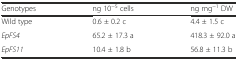
<table><thead><tr><td><b>Genotypes</b></td><td><b>ng 10<sup>−5</sup> cells</b></td><td><b>ng mg<sup>−1</sup> DW</b></td></tr></thead><tbody><tr><td>Wild type</td><td>0.6 ± 0.2 c</td><td>4.4 ± 1.5 c</td></tr><tr><td><i>EpFS4</i></td><td>65.2 ± 17.3 a</td><td>418.3 ± 92.0 a</td></tr><tr><td><i>EpFS11</i></td><td>10.4 ± 1.8 b</td><td>56.8 ± 11.3 b</td></tr></tbody></table>